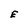
Character: E